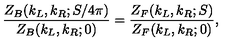
{ \frac { Z _ { B } ( k _ { L } , k _ { R } ; S / 4 \pi ) } { Z _ { B } ( k _ { L } , k _ { R } ; 0 ) } } = { \frac { Z _ { F } ( k _ { L } , k _ { R } ; S ) } { Z _ { F } ( k _ { L } , k _ { R } ; 0 ) } } ,